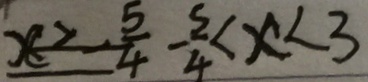
x \geq - \frac { 5 } { 4 } - \frac { 5 } { 4 } < x < 3